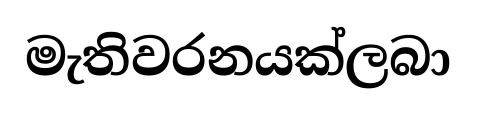
මැතිවරනයක්ලබා